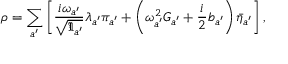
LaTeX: \rho = \sum _ { a ^ { \prime } } \left[ \frac { i \omega _ { a ^ { \prime } } } { \sqrt { \Im _ { a ^ { \prime } } } } \lambda _ { a ^ { \prime } } \pi _ { a ^ { \prime } } + \left( \omega _ { a ^ { \prime } } ^ { 2 } G _ { a ^ { \prime } } + \frac { i } { 2 } b _ { a ^ { \prime } } \right) \bar { \eta } _ { a ^ { \prime } } \right] ,